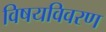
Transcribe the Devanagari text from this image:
विषयविवरण